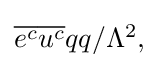
{\textstyle {\overline {e^{c}}}{\overline {u^{c}}}qq/\Lambda ^{2},}